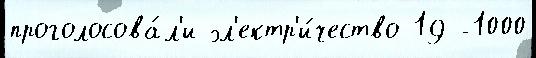
проголосова́л'и эл'ектр'и́чество 19 -1000